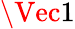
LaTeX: \Vec{1}